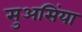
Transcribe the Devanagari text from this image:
सुअसिंया